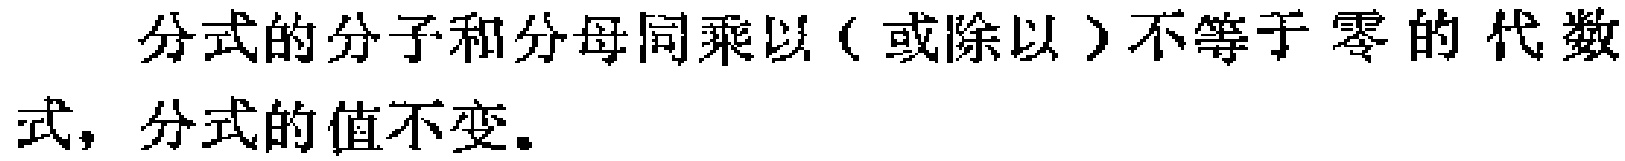
分式的分子和分母同乘以（或除以）不等于零的代数式，分式的值不变。